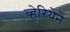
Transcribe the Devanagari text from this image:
व्हेरियेने